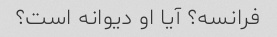
فرانسه؟ آیا او دیوانه است؟